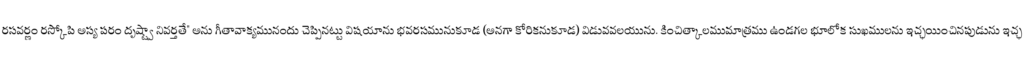
రసవర్ణం రస్కోపి అస్య పరం దృష్ట్వా నివర్తతే" అను గీతావాక్యమునందు చెప్పినట్టు విషయాను భవరసమునుకూడ (అనగా కోరికనుకూడ) విడువవలయును. కించిత్కాలముమాత్రము ఉండగల భూలోక సుఖములను ఇచ్ఛయించినపుడును ఇచ్ఛ